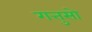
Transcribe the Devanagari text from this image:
गत्तुसो